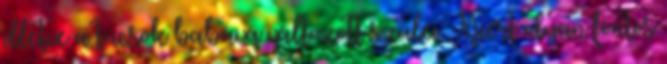
illetve a tücsök babává változott szülei. Miért olyan fontos